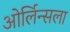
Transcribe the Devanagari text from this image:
ओर्लिन्सला